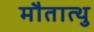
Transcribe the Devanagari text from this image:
मौतात्थु